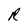
Character: R